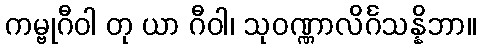
ကမ္ဗုဂီဝါ တု ယာ ဂီဝါ၊ သုဝဏ္ဏာလိင်္ဂသန္နိဘာ။